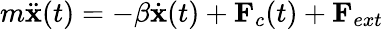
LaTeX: m\ddot{{\mathbf x}}(t)=-\beta\dot{{\mathbf x}}(t)+{\mathbf F}_{c}(t)+{\mathbf F}_{ext}